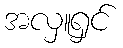
အလှူရှင်